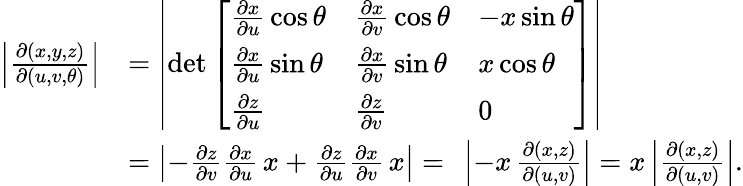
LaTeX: {\begin{array}{rl}{\left|{\frac{\partial(x,y,z)}{\partial(u,v,\theta)}}\right|}&{=\left|\operatorname*{det}{\left[\begin{array}{lll}{{\frac{\partial x}{\partial u}}\cos\theta}&{{\frac{\partial x}{\partial v}}\cos\theta}&{-x\sin\theta}\\ {{\frac{\partial x}{\partial u}}\sin\theta}&{{\frac{\partial x}{\partial v}}\sin\theta}&{x\cos\theta}\\ {{\frac{\partial z}{\partial u}}}&{{\frac{\partial z}{\partial v}}}&{0}\end{array}\right]}\right|}\\ &{=\left|-{\frac{\partial z}{\partial v}}{\frac{\partial x}{\partial u}}\, x+{\frac{\partial z}{\partial u}}{\frac{\partial x}{\partial v}}\, x\right|=\ \left|-x\, {\frac{\partial(x,z)}{\partial(u,v)}}\right|=x\left|{\frac{\partial(x,z)}{\partial(u,v)}}\right|.}\end{array}}